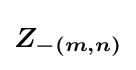
{\boldsymbol {Z_{-(m,n)}}}